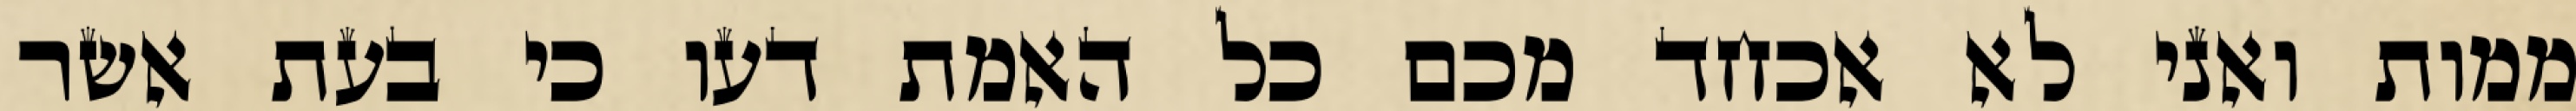
ממות ואני לא אכחד מכם כל האמת דעו כי בעת אשר